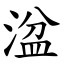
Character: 湓